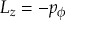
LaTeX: L _ { z } = - p _ { \phi }